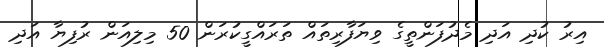
އިރު ކުދި އަދި މެދުފަންތީގެ ވިޔަފާރިތައް ތަރައްގީކުރަން 50 މިލިއަން ރުފިޔާ އަދި